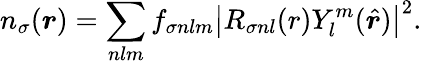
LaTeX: n_{\sigma}(\boldsymbol{r})=\sum_{nlm}f_{\sigma nlm}\left|R_{\sigma nl}(r)Y_{l}^{m}(\hat{\boldsymbol{r}})\right|^{2}.